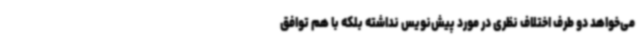
می‌خواهد دو طرف اختلاف نظری در مورد پیش‌نویس نداشته بلکه با هم توافق